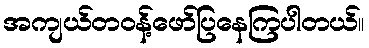
အကျယ်တဝန့်ဖော်ပြနေကြပါတယ်။